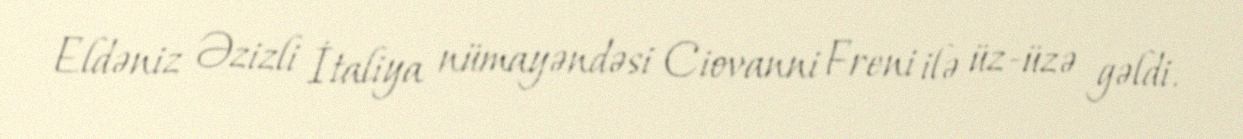
Eldəniz Əzizli İtaliya nümayəndəsi Ciovanni Freni ilə üz-üzə gəldi.